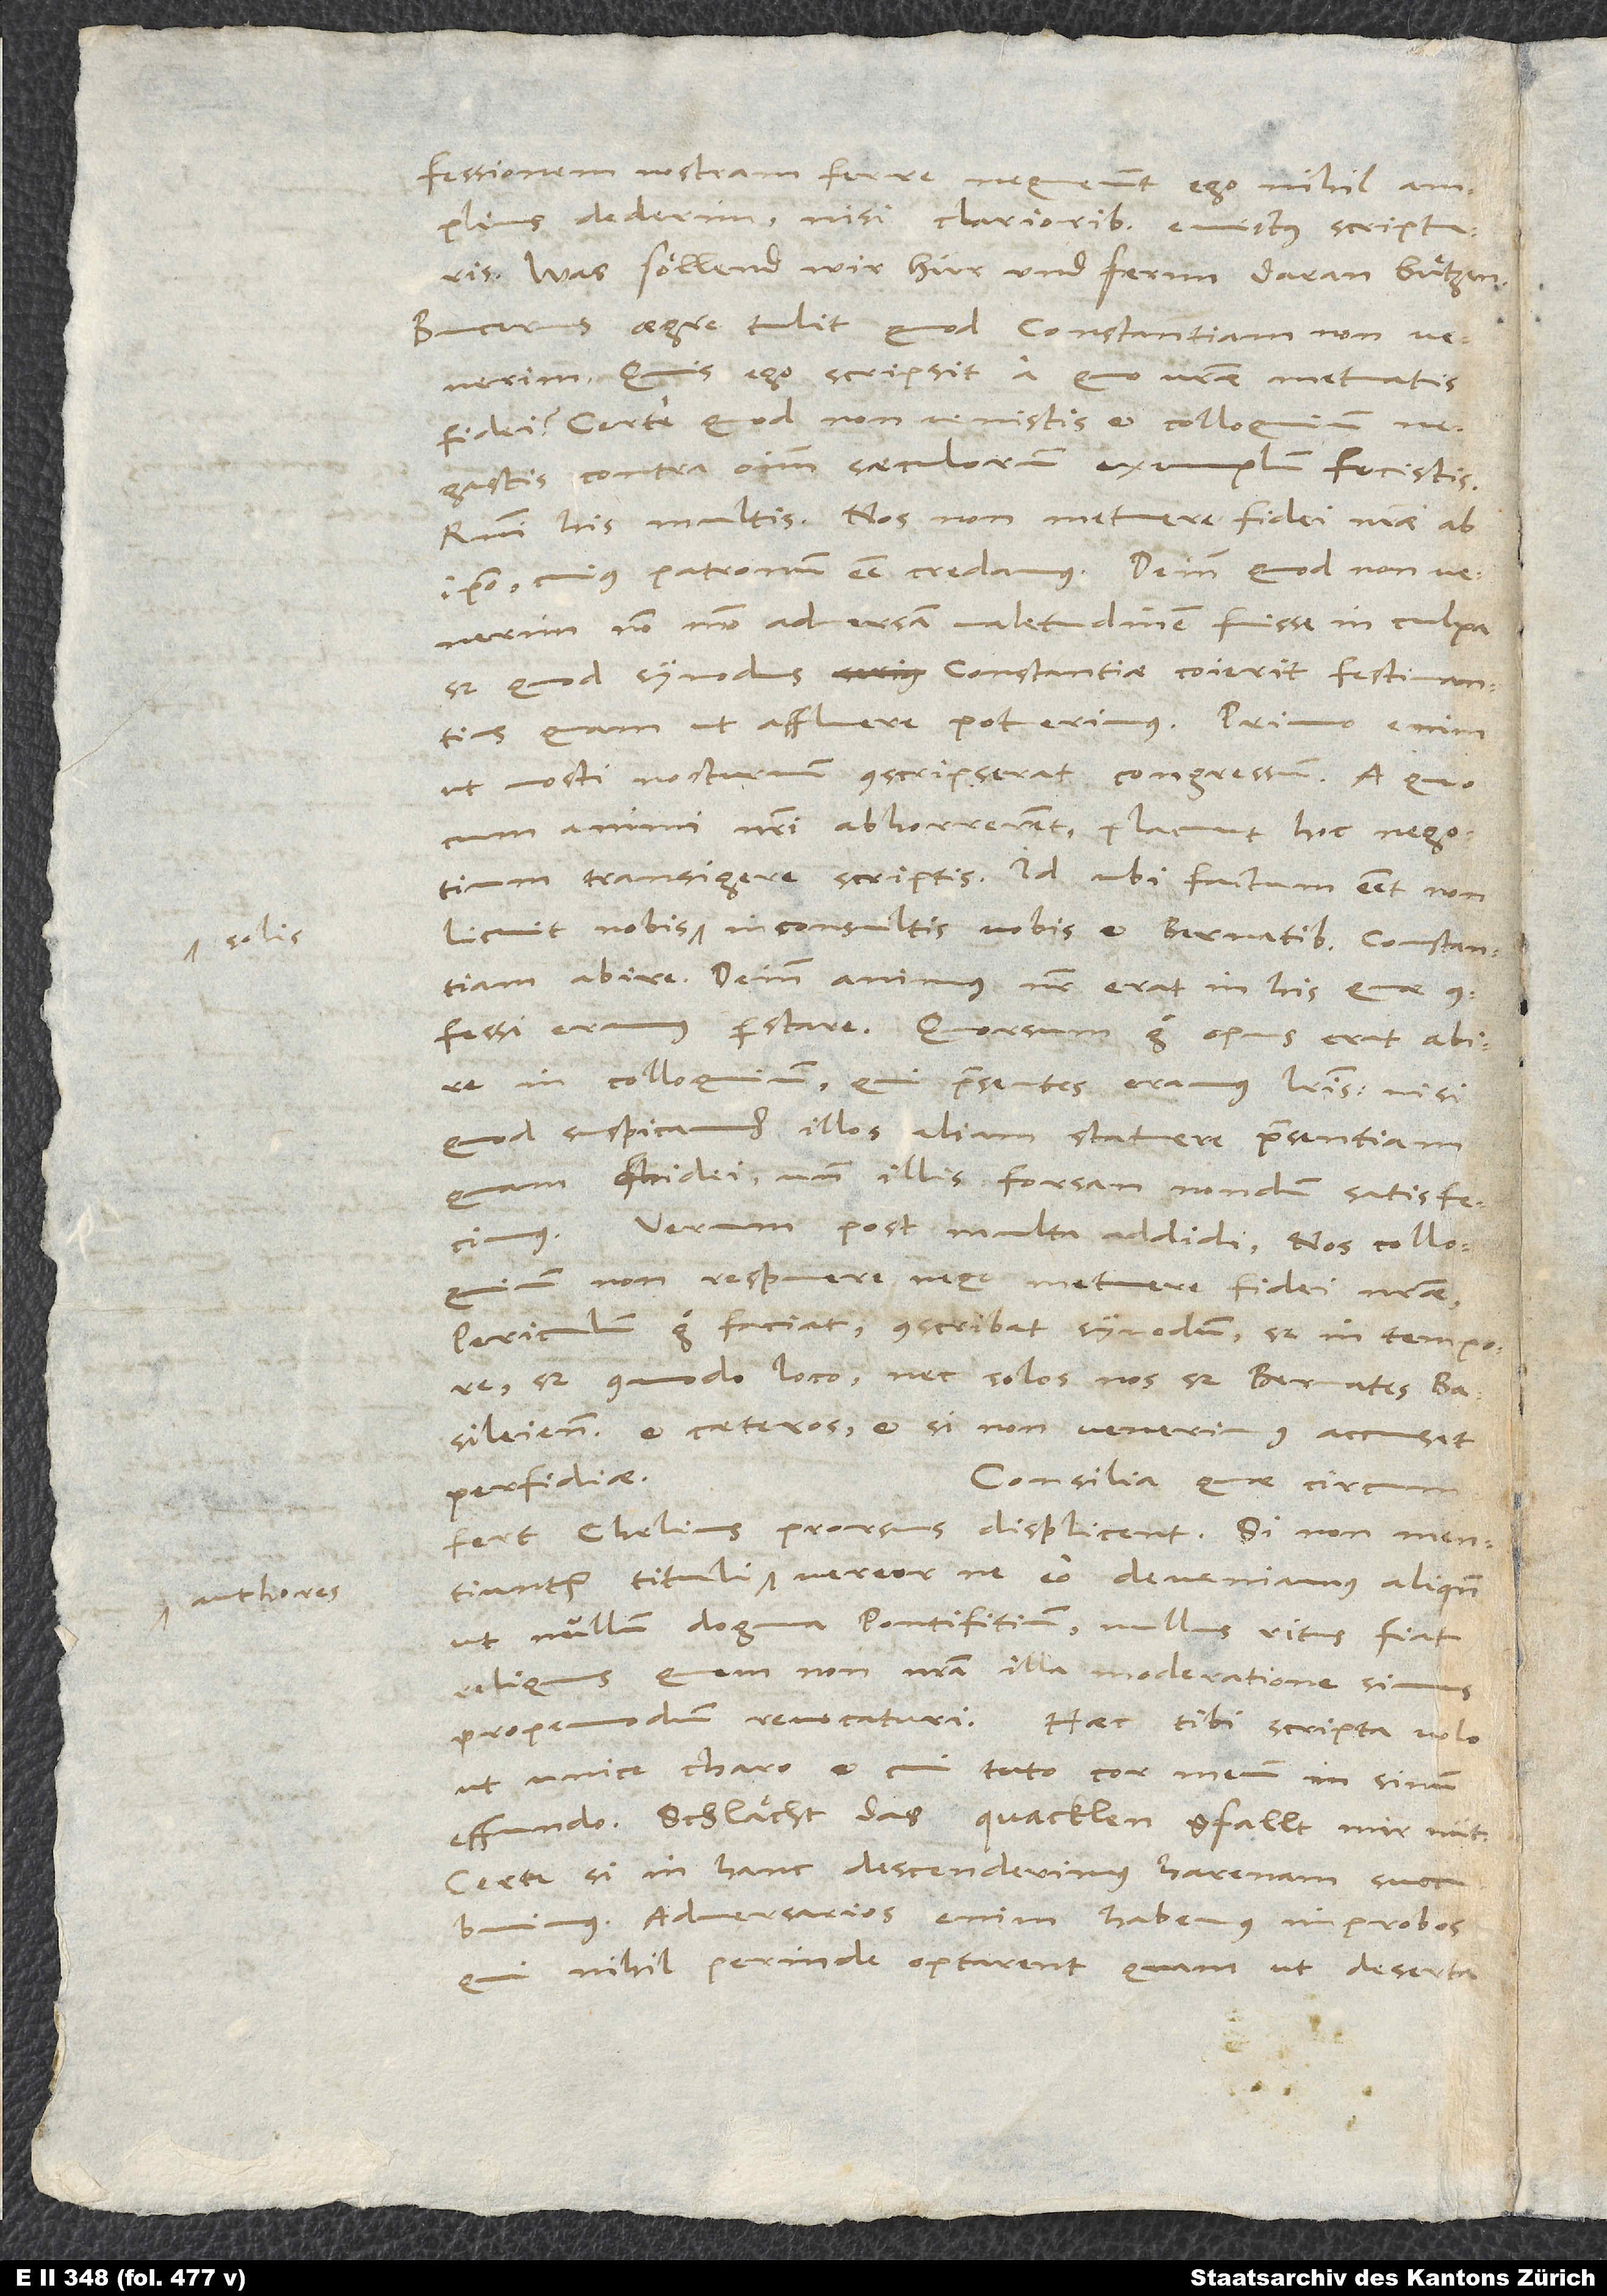
confe ssionem nostram ferre nequeunt, ego nihil amplius
dederim nisi clarioribus evictus scripturis.
Was söllend wir hür und fernn daran buͤtzen?
Bucerus aegre tulit, quod Constantiam non venerim.
Quis ego, scripsit, a quo vestrae metuatis
fidei? Certe, quod non venistis et colloquium
negastis, contra omnium saeculorum exemplum fecistis.
Respondi his multis: Nos non metuere fidei nostrae ab
ipso, cuius patronum esse credamus. Deinde, quod non venerim,
non modo adversam valetudinem fuisse in culpa,
sed quod synodus Constantiae coierit festinantius,
quam ut affluere potuerimus. Primo enim,
ut nosti, nocturnum conscripserat congressum, a quo
cum animi nostri abhorrerent, placuit hoc negotium
transigere scriptis. Id ubi factum esset, non
licuit nobis solis inconsultis vobis et Bernatibus Constantiam
abire. Deinde animus noster erat in his, quae
confessi eramus, perstare. Quorsum ergo opus erat abire
in colloquium, qui praesentes eramus literis, nisi
quod suspicamur illos aliam statuere praesentiam
quam fidei? Unde illis forsan nondum satisfecimus.
Verum post multa addidi nos colloquium
non respuere neque metuere fidei nostrae.
Periculum ergo faciat, conscribat synodum, sed in tempore,
sed commodo loco, nec solos nos, sed Bernates,
Basileienses et caeteros, et si non venerimus, accuset
Consilia, quae circumfert
perfidiae.
Chelius, prorsus displicent. Si non mentiuntur
vereor, ne eo deveniamus aliquando,
ut nullum dogma pontifitium, nullus ritus fiat
reliquus, quem non nostra illa moderatione simus
propemodum revocaturi. Haec tibi scripta volo
ut unice charo et cui tuto cor meum in sinum
effundo. Schlächt, das quacklen gfallt mir nüt.
Certe, si in hanc descenderimus harenam, succubuimus.
Adversarios enim habemus improbos,
nihil perinde optarent, quam ut deserta